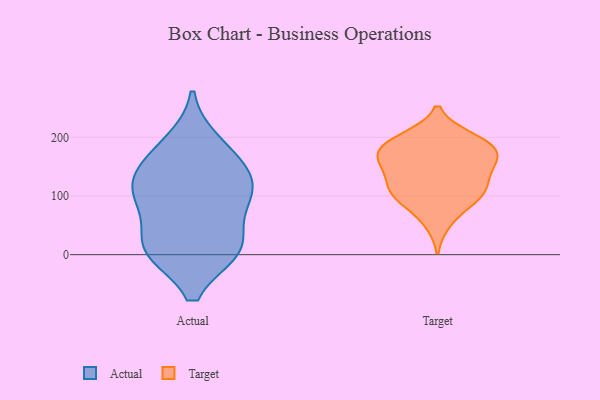
{"axis": {"x": "Backlog", "y": "Value"}, "legend": ["Actual", "Target"], "data": [{"x": "", "y": 92, "type": "Actual"}, {"x": "", "y": 11, "type": "Actual"}, {"x": "", "y": 165, "type": "Actual"}, {"x": "", "y": 10, "type": "Actual"}, {"x": "", "y": 145, "type": "Actual"}, {"x": "", "y": 190, "type": "Actual"}, {"x": "", "y": 118, "type": "Actual"}, {"x": "", "y": 109, "type": "Actual"}, {"x": "", "y": 10, "type": "Actual"}, {"x": "", "y": 11, "type": "Actual"}, {"x": "", "y": 96, "type": "Actual"}, {"x": "", "y": 110, "type": "Target"}, {"x": "", "y": 56, "type": "Target"}, {"x": "", "y": 95, "type": "Target"}, {"x": "", "y": 115, "type": "Target"}, {"x": "", "y": 92, "type": "Target"}, {"x": "", "y": 191, "type": "Target"}, {"x": "", "y": 181, "type": "Target"}, {"x": "", "y": 163, "type": "Target"}, {"x": "", "y": 157, "type": "Target"}, {"x": "", "y": 138, "type": "Target"}, {"x": "", "y": 159, "type": "Target"}, {"x": "", "y": 114, "type": "Target"}, {"x": "", "y": 195, "type": "Target"}, {"x": "", "y": 172, "type": "Target"}, {"x": "", "y": 199, "type": "Target"}]}